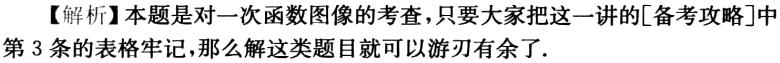
【解析】本题是对一次函数图像的考查，只要大家把这一讲的[备考攻略]中第 3 条的表格牢记，那么解这类题目就可以游刃有余了.